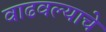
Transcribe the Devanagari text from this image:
वाढवल्याचे